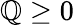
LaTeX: \mathbb{Q}\ge0